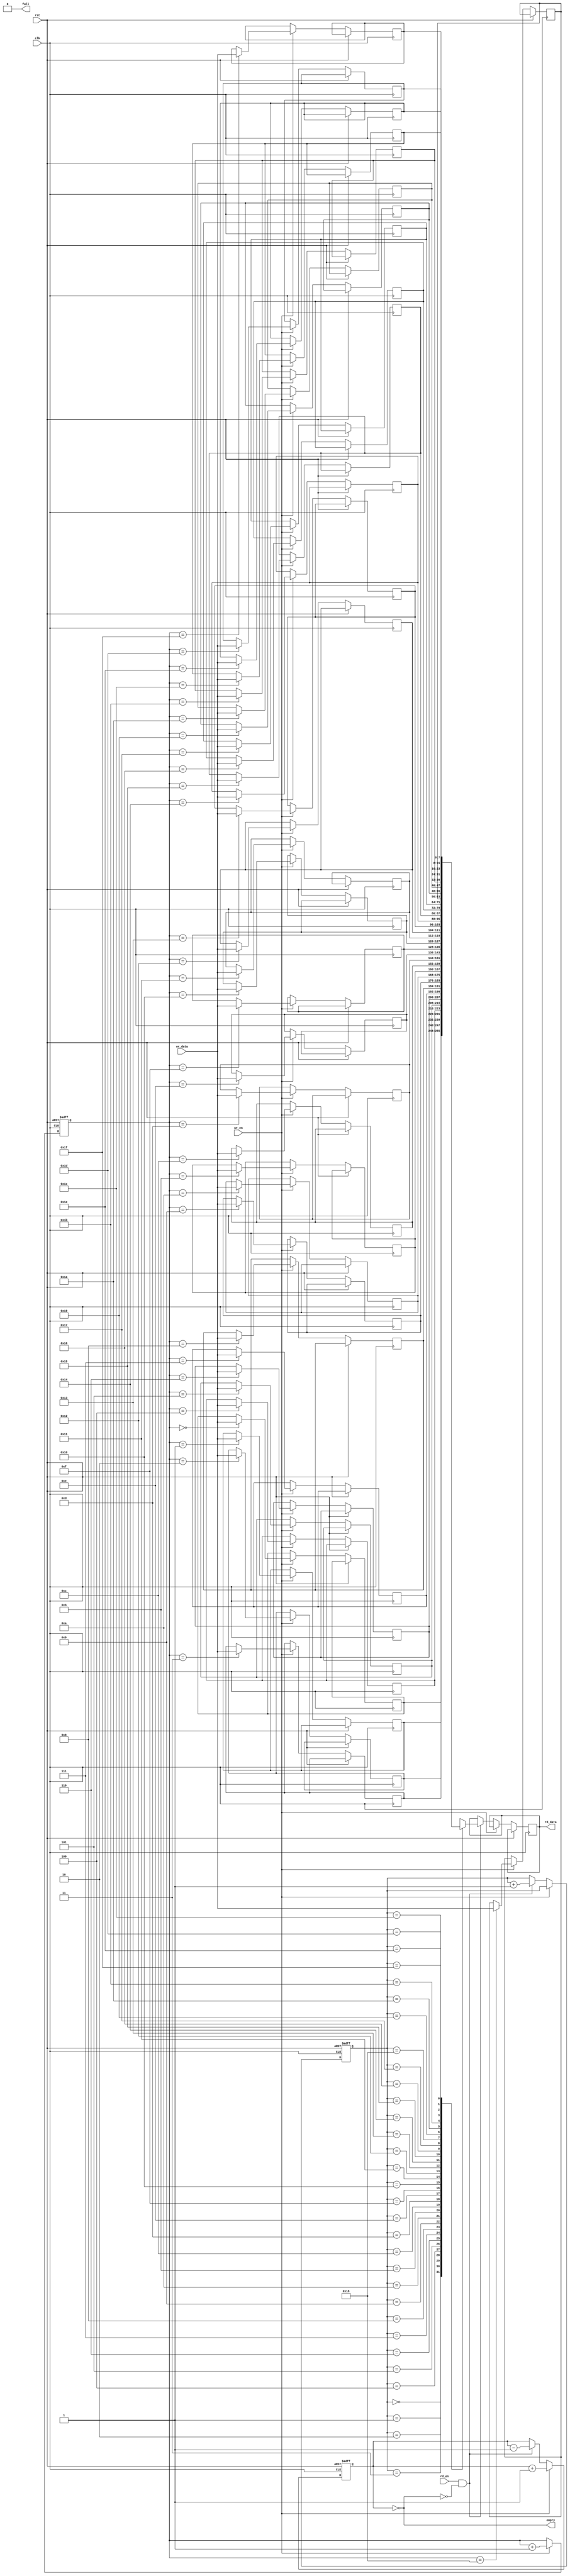
module synchronous_fifo
(
    input wire clk,
    input wire rst,
    input wire wr_en,
    input wire rd_en,
    input wire [7:0] wr_data,
    output reg [7:0] rd_data,
    output wire full,
    output wire empty
);

reg [7:0] mem [31:0];
reg [4:0] wr_ptr = 0;
reg [4:0] rd_ptr = 0;
reg [4:0] count = 0;

assign empty = (count == 0);
assign full = (count == 32);

always @(posedge clk or posedge rst)
begin
    if(rst)
    begin
        wr_ptr <= 0;
        rd_ptr <= 0;
        count <= 0;
    end
    else if(wr_en && !full)
    begin
        mem[wr_ptr] <= wr_data;
        wr_ptr <= wr_ptr + 1;
        count <= count + 1;
    end
    else if(rd_en && !empty)
    begin
        rd_data <= mem[rd_ptr];
        rd_ptr <= rd_ptr + 1;
        count <= count - 1;
    end
end

endmodule